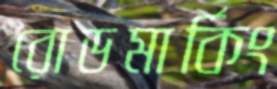
রোডমার্কিং